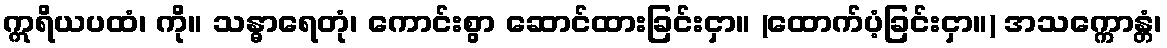
ဣရိယပထံ၊ ကို။ သန္ဓာရေတုံ၊ ကောင်းစွာ ဆောင်ထားခြင်းငှာ။ (ထောက်ပံ့ခြင်းငှာ။) အသက္ကောန္တံ၊